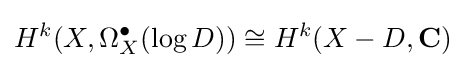
H^{k}(X,\Omega _{X}^{\bullet }(\log D))\cong H^{k}(X-D,\mathbf {C} )